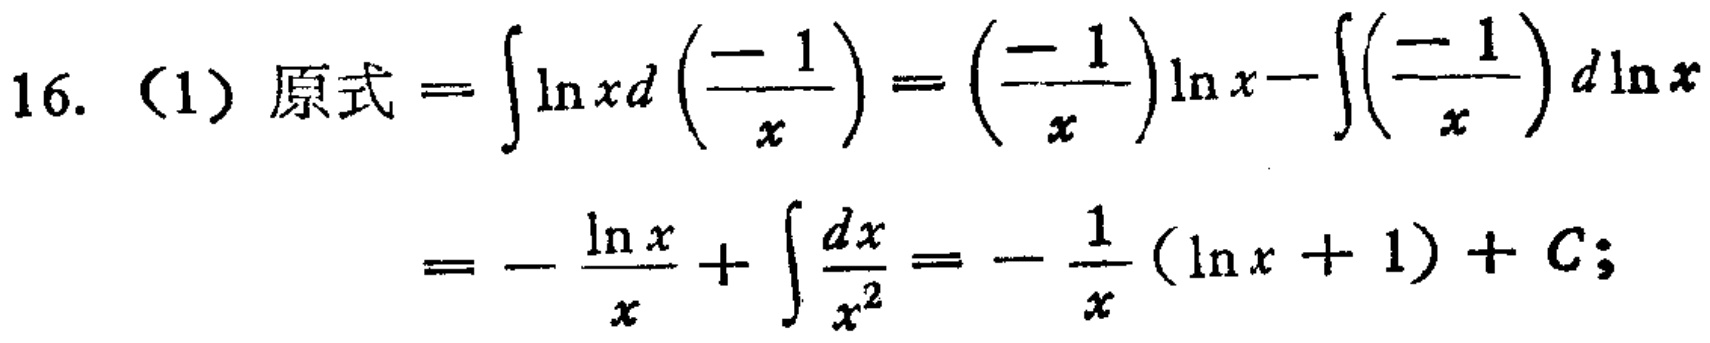
16. （1）原式 \(=\int\ln xd\left(\frac{-1}{x}\right)=\left(\frac{-1}{x}\right)\ln x - \int\left(\frac{-1}{x}\right)d\ln x\)

\(=-\frac{\ln x}{x}+\int\frac{dx}{x^{2}}=-\frac{1}{x}(\ln x + 1)+C\)；